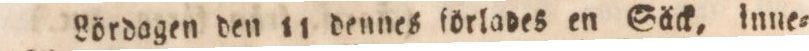
Lördagen den 11 dennes förlades en Säck, inne=